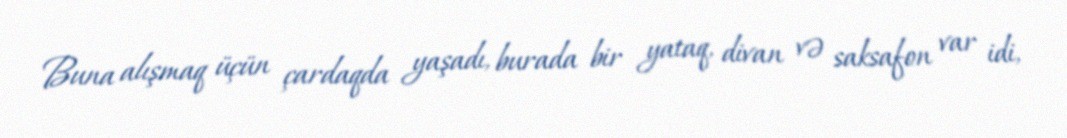
Buna alışmaq üçün çardaqda yaşadı, burada bir yataq, divan və saksafon var idi,